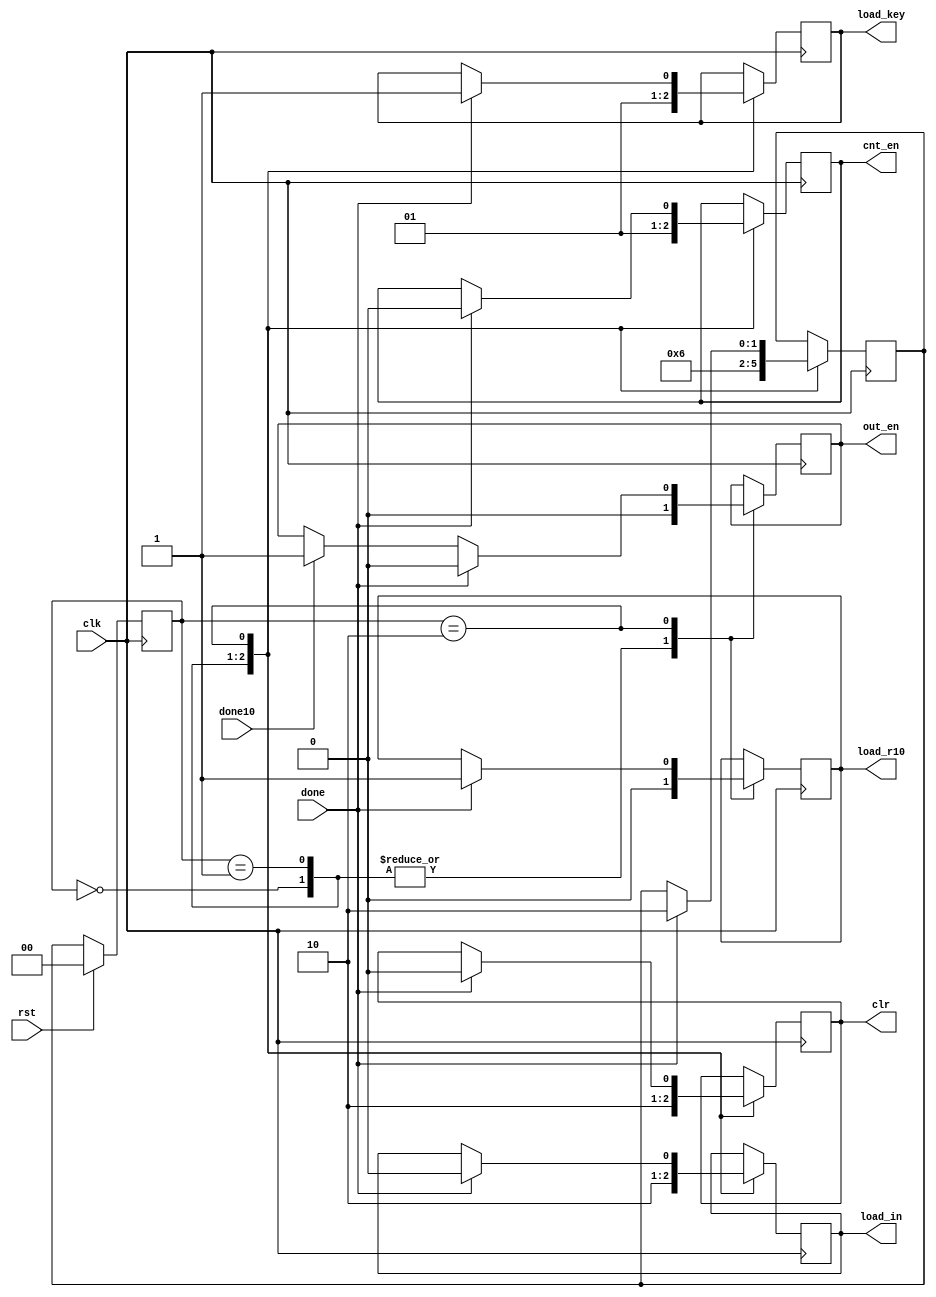
module controlpath (clr,cnt_en,load_in,load_r10,load_key,out_en,clk,done,done10,rst);
    input clk,done,done10,rst;
    output reg clr,cnt_en,load_in,load_r10,load_key,out_en;
    
    reg [1:0] PS=0,NS=0;
    
    always @(posedge clk)
    begin
        if(rst)
            PS<=0;
        else
            PS<=NS;
    end
    
    always @(posedge clk)
    begin
        case(PS)
        	0:	begin
        			clr			= 1;
        			load_in		= 1;
        			load_r10	= 0;
        			load_key	= 0;
        			cnt_en		= 0;
        			out_en		= 0;
        			NS 			= 1;
        		end
        	1: begin
        			clr			= 0;
        			load_in		= 0;
        			load_r10 	= 0;
        			load_key 	= 1;
        			cnt_en		= 1;
        			out_en		= 0;
        			NS 			= 2;
        		end
        	2: begin
        			if(done)
        			begin
        				clr		= 0;
        				load_in	= 0;
        				load_r10 = 1;
        				load_key = 1;
        				cnt_en	= 0;
        				out_en	= 0;
        				NS = 2;
        			end       
        			else if(done10)
        				out_en	= 1;
        		end
        endcase
    end
endmodule